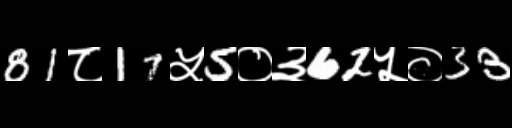
Text: 81८17५5०३62५०33